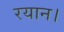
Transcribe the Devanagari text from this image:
रयान।